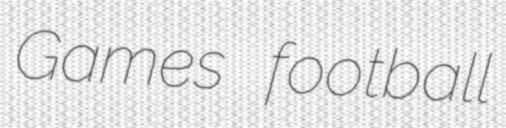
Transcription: Games football